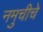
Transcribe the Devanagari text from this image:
नमुचीचे